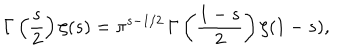
\Gamma \left( \frac { s } { 2 } \right) \zeta ( s ) = \pi ^ { s - 1 / 2 } \, \Gamma \left( \frac { 1 - s } { 2 } \right) \zeta ( 1 - s ) ,